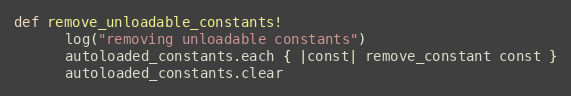
Language: Ruby
def remove_unloadable_constants!
      log("removing unloadable constants")
      autoloaded_constants.each { |const| remove_constant const }
      autoloaded_constants.clear